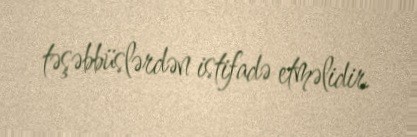
təşəbbüslərdən istifadə etməlidir.